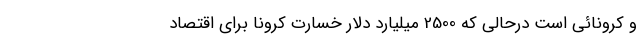
و کرونائی است درحالی که 2500 میلیارد دلار خسارت کرونا برای اقتصاد